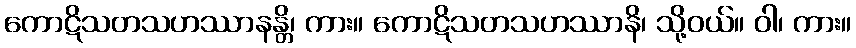
ကောဋိသတသဟဿာနန္တိ၊ ကား။ ကောဋိသတသဟဿာနိ၊ သို့ဝယ်။ ဝါ၊ ကား။